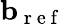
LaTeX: \mathbf{b}_{\mathrm{~r~e~f~}}